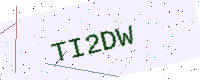
Text: TI2DW